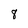
Character: 8